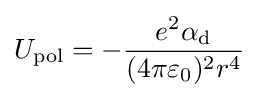
U_{\text{pol}}=-{\frac {e^{2}\alpha _{\text{d}}}{(4\pi \varepsilon _{0})^{2}r^{4}}}